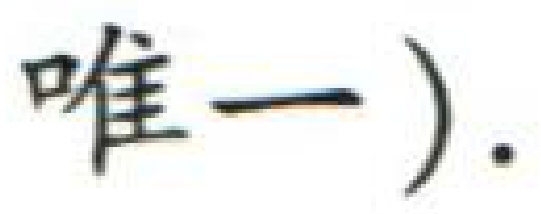
唯一）.